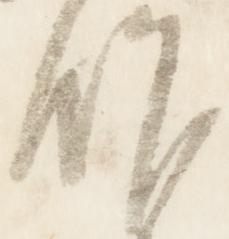
作